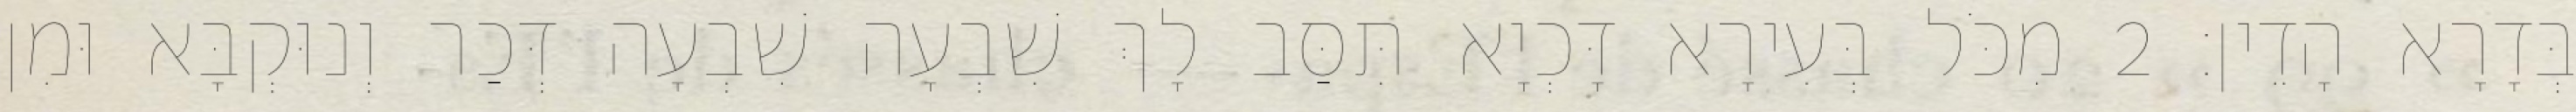
בְּדָרָא הָדֵין׃ 2 מִכֹּל בְּעִירָא דָּכְיָא תִּסַּב לָךְ שִׁבְעָה שִׁבְעָה דְּכַר וְנוּקְבָּא וּמִן